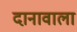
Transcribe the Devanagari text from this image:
दानावाला